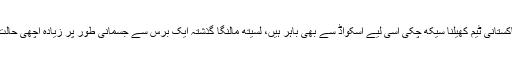
رنگانا ہیراتھ کو ویسے ہی پاکستانی ٹیم کھیلنا سیکھ چکی اسی لیے اسکواڈ سے بھی باہر ہیں، لسیتھ مالنگا گذشتہ ایک برس سے جسمانی طور پر زیادہ اچھی حالت میں دکھائی نہیں دے رہے۔